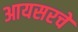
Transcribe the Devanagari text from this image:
आयसरचे